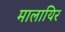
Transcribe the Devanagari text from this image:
मालायिर